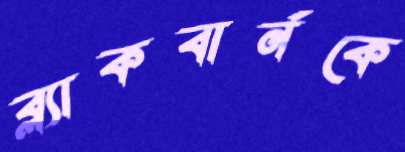
ব্ল্যাকবার্নকে